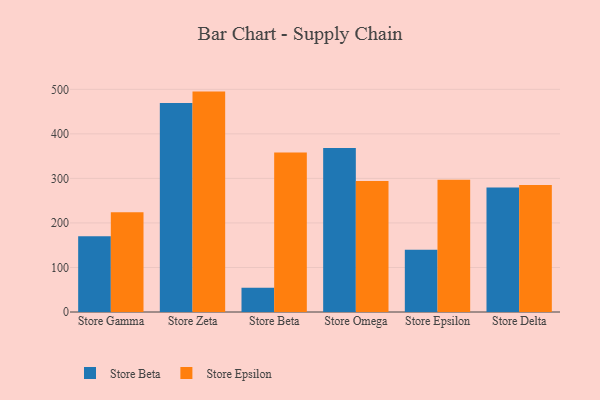
{"axis": {"x": "Store", "y": "LTV (USD)"}, "legend": ["Store Beta", "Store Epsilon"], "data": [{"x": "Store Gamma", "y": 169.9, "type": "Store Beta"}, {"x": "Store Gamma", "y": 223.9, "type": "Store Epsilon"}, {"x": "Store Zeta", "y": 469.5, "type": "Store Beta"}, {"x": "Store Zeta", "y": 494.9, "type": "Store Epsilon"}, {"x": "Store Beta", "y": 54.2, "type": "Store Beta"}, {"x": "Store Beta", "y": 358.4, "type": "Store Epsilon"}, {"x": "Store Omega", "y": 368.1, "type": "Store Beta"}, {"x": "Store Omega", "y": 294.0, "type": "Store Epsilon"}, {"x": "Store Epsilon", "y": 139.9, "type": "Store Beta"}, {"x": "Store Epsilon", "y": 296.8, "type": "Store Epsilon"}, {"x": "Store Delta", "y": 279.7, "type": "Store Beta"}, {"x": "Store Delta", "y": 285.0, "type": "Store Epsilon"}]}